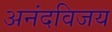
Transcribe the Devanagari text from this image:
अनंदविजय